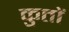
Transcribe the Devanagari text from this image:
कुतों